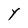
Character: Y